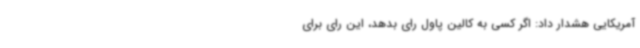
آمریکایی هشدار داد: اگر کسی به کالین پاول رای بدهد، این رای برای